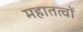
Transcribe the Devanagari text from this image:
महातत्वों